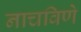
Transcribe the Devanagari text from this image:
नाचविणे